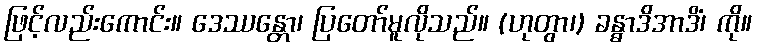
ဖြင့်လည်းကောင်း။ ဒေဿန္တော၊ ပြတော်မူလိုသည်။ (ဟုတွာ၊) ခန္ဓာဒိအာဒိံ၊ ကို။